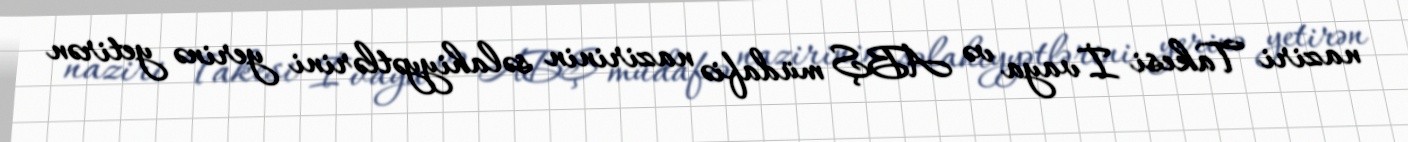
naziri Takesi İvaya və ABŞ müdafiə nazirinin səlahiyyətlərini yerinə yetirən